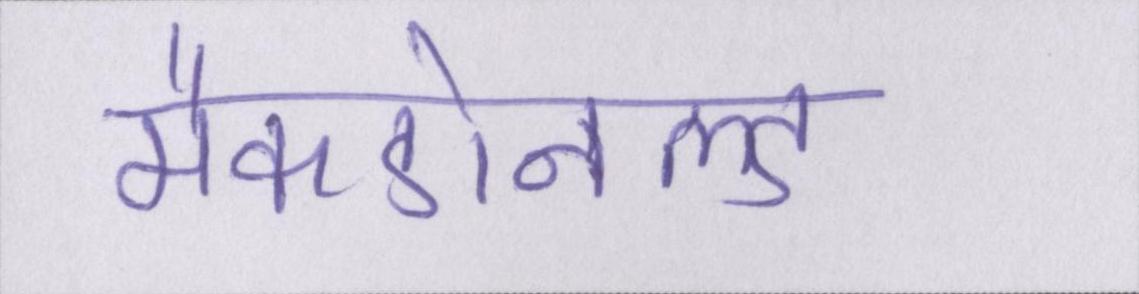
मैकडोनल्ड